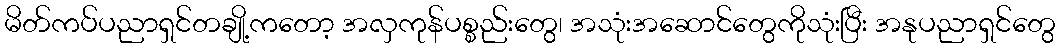
မိတ်ကပ်ပညာရှင်တချို့ကတော့ အလှကုန်ပစ္စည်းတွေ၊ အသုံးအဆောင်တွေကိုသုံးပြီး အနုပညာရှင်တွေ